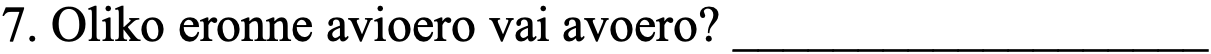
7. Oliko eronne avioero vai avoero? ___________________